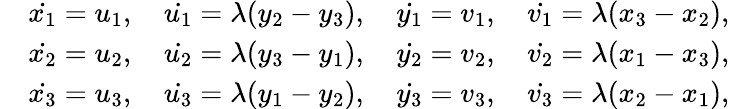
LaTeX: \begin{array}{rl}&{\dot{x_{1}}=u_{1},\quad\dot{u_{1}}=\lambda(y_{2}-y_{3}),\quad\dot{y_{1}}=v_{1},\quad\dot{v_{1}}=\lambda(x_{3}-x_{2}),}\\ &{\dot{x_{2}}=u_{2},\quad\dot{u_{2}}=\lambda(y_{3}-y_{1}),\quad\dot{y_{2}}=v_{2},\quad\dot{v_{2}}=\lambda(x_{1}-x_{3}),}\\ &{\dot{x_{3}}=u_{3},\quad\dot{u_{3}}=\lambda(y_{1}-y_{2}),\quad\dot{y_{3}}=v_{3},\quad\dot{v_{3}}=\lambda(x_{2}-x_{1}),}\end{array}